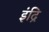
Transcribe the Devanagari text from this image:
इंद्रि